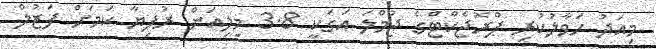
މިއަދު ހަވާލުކުރި ޕްރޮޖެކްޓްގެ ޖުމްލަ އަގަކީ 3.8 މިލިއަން ރުފިޔާ ކަމަށް ފަޒުލް